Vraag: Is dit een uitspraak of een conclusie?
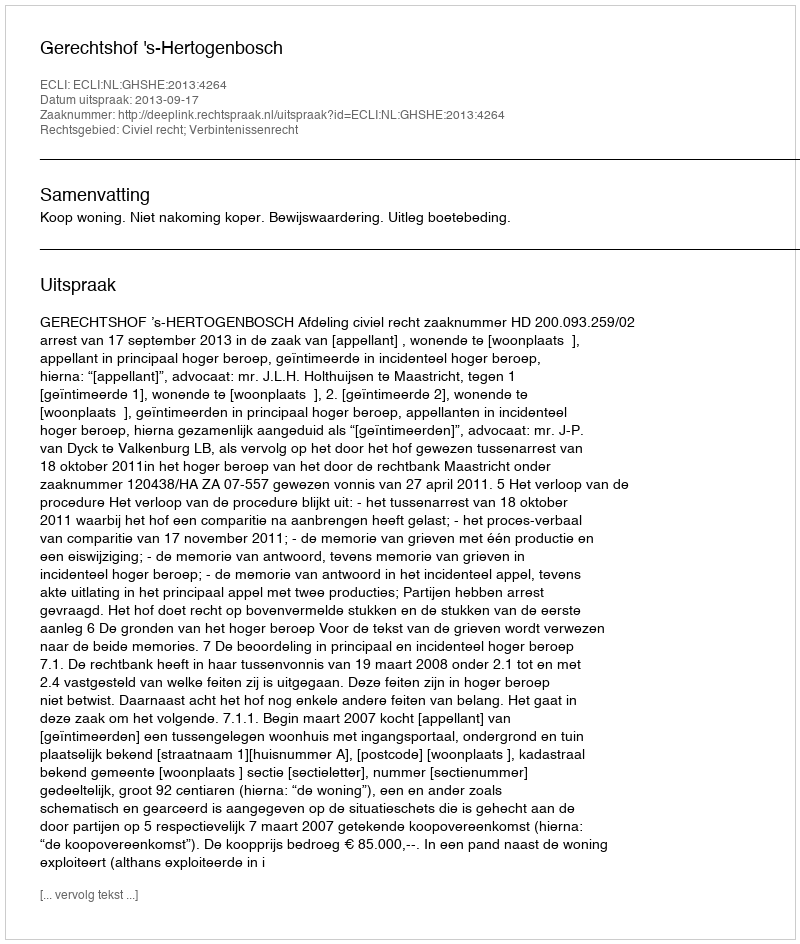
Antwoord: Uitspraak